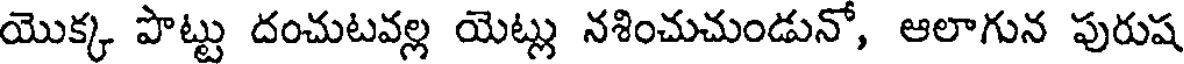
యొక్క పొట్టు దంచుటవల్ల యెట్లు నశించుచుండునో, ఆలాగున పురుష